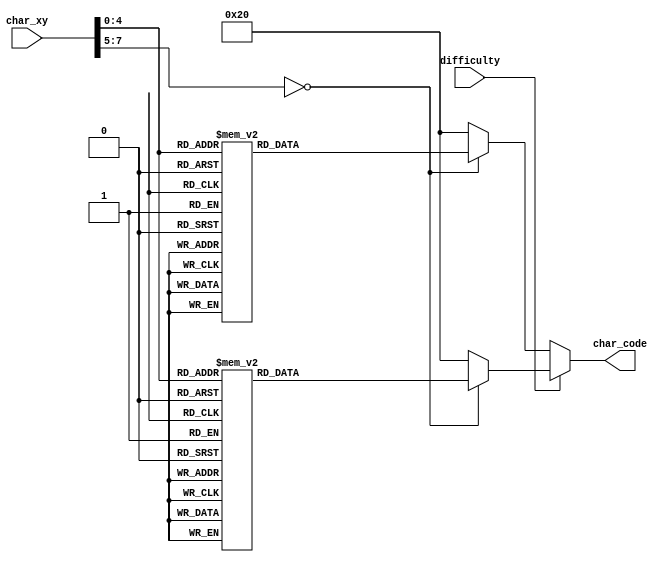
`timescale 1ns / 1ps

module char_rom_16x2_diff
    (
        input  wire [7:0] char_xy,
        input  wire difficulty,
        output reg  [6:0] char_code
    );

  parameter BLANK =	 	7'h20;
  parameter EXCLAMATION = 7'h21;
  parameter COMMA =	 	7'h2c;
  parameter DASH =	 	7'h2d;
  parameter DOT =	 	7'h2e;
  parameter COLON =	 	7'h3a;


  parameter ZERO =	 	7'h30;
  parameter ONE =	 	7'h31;
  parameter TWO =	 	7'h32;
  parameter THREE =	 	7'h33;
  parameter FOUR = 		7'h34;
  parameter FIVE = 		7'h35;
  parameter SIX = 		7'h36;
  parameter SEVEN = 	7'h37;
  parameter EIGHT = 	7'h38;
  parameter NINE = 		7'h39;
  
  parameter CAP_A =	 	7'h41;
  parameter CAP_B =	 	7'h42;
  parameter CAP_C =	 	7'h43;
  parameter CAP_D =	 	7'h44;
  parameter CAP_E = 	7'h45;
  parameter CAP_F = 	7'h46;
  parameter CAP_G = 	7'h47;
  parameter CAP_H = 	7'h48;
  parameter CAP_I = 	7'h49;
  parameter CAP_J = 	7'h4a;
  parameter CAP_K =	 	7'h4b;
  parameter CAP_L =	 	7'h4c;
  parameter CAP_M =	 	7'h4d;
  parameter CAP_N =	 	7'h4e;
  parameter CAP_O = 	7'h4f;
  parameter CAP_P = 	7'h50;
  parameter CAP_Q = 	7'h51;
  parameter CAP_R = 	7'h52;
  parameter CAP_S = 	7'h53;
  parameter CAP_T = 	7'h54;
  parameter CAP_U =	 	7'h55;
  parameter CAP_V =	 	7'h56;
  parameter CAP_W =	 	7'h57;
  parameter CAP_X =	 	7'h58;
  parameter CAP_Y = 	7'h59;
  parameter CAP_Z = 	7'h5a;
  
  parameter A =	 		7'h61;
  parameter B =	 		7'h62;
  parameter C =	 		7'h63;
  parameter D =	 		7'h64;
  parameter E = 		7'h65;
  parameter F = 		7'h66;
  parameter G = 		7'h67;
  parameter H = 		7'h68;
  parameter I = 		7'h69;
  parameter J = 		7'h6a;
  parameter K =		 	7'h6b;
  parameter L =		 	7'h6c;
  parameter M =		 	7'h6d;
  parameter N =		 	7'h6e;
  parameter O = 		7'h6f;
  parameter P = 		7'h70;
  parameter Q = 		7'h71;
  parameter R = 		7'h72;
  parameter S = 		7'h73;
  parameter T = 		7'h74;
  parameter U =		 	7'h75;
  parameter V =		 	7'h76;
  parameter W =		 	7'h77;
  parameter X =		 	7'h78;
  parameter Y = 		7'h79;
  parameter Z = 		7'h7a;

    always@*
     if(difficulty == 0) begin
	  case(char_xy)
		8'h00: char_code = BLANK;
		8'h01: char_code = BLANK;
		8'h02: char_code = BLANK;
		8'h03: char_code = CAP_D;
		8'h04: char_code = CAP_I;
		8'h05: char_code = CAP_F;
		8'h06: char_code = CAP_F;
		8'h07: char_code = CAP_I;
		8'h08: char_code = CAP_C;
		8'h09: char_code = CAP_U;
		8'h0a: char_code = CAP_L;
		8'h0b: char_code = CAP_T;
		8'h0c: char_code = CAP_Y;
		8'h0d: char_code = COLON;
		8'h0e: char_code = BLANK;
		8'h0f: char_code = BLANK;

    	8'h10: char_code = BLANK;
		8'h11: char_code = BLANK; 
		8'h12: char_code = BLANK; 
		8'h13: char_code = BLANK; 
		8'h14: char_code = BLANK;
		8'h15: char_code = BLANK; 
		8'h16: char_code = CAP_E;  
		8'h17: char_code = CAP_A; 
		8'h18: char_code = CAP_S; 
		8'h19: char_code = CAP_Y;
		8'h1a: char_code = BLANK; 
		8'h1b: char_code = BLANK; 
		8'h1c: char_code = BLANK;
		8'h1d: char_code = BLANK; 
		8'h1e: char_code = BLANK;
		8'h1f: char_code = BLANK; 
		default: char_code = BLANK;
	  endcase
	 end
	 else begin
	  case(char_xy)
		8'h00: char_code = BLANK;
		8'h01: char_code = BLANK;
		8'h02: char_code = BLANK;
		8'h03: char_code = CAP_D;
		8'h04: char_code = CAP_I;
		8'h05: char_code = CAP_F;
		8'h06: char_code = CAP_F;
		8'h07: char_code = CAP_I;
		8'h08: char_code = CAP_C;
		8'h09: char_code = CAP_U;
		8'h0a: char_code = CAP_L;
		8'h0b: char_code = CAP_T;
		8'h0c: char_code = CAP_Y;
		8'h0d: char_code = COLON;
		8'h0e: char_code = BLANK;
		8'h0f: char_code = BLANK;

    	8'h10: char_code = BLANK;
		8'h11: char_code = BLANK; 
		8'h12: char_code = BLANK; 
		8'h13: char_code = BLANK; 
		8'h14: char_code = BLANK;
		8'h15: char_code = BLANK; 
		8'h16: char_code = CAP_H;  
		8'h17: char_code = CAP_A; 
		8'h18: char_code = CAP_R; 
		8'h19: char_code = CAP_D;
		8'h1a: char_code = BLANK; 
		8'h1b: char_code = BLANK; 
		8'h1c: char_code = BLANK;
		8'h1d: char_code = BLANK; 
		8'h1e: char_code = BLANK;
		8'h1f: char_code = BLANK; 
		default: char_code = BLANK;
	 endcase
	 end

endmodule